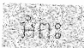
អំពះ